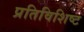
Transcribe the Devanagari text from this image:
प्रतिविशिष्ट